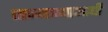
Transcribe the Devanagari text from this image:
जन्मण्याआधी